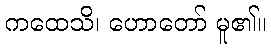
ကထေသိ၊ ဟောတော် မူ၏။